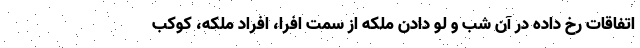
اتفاقات رخ داده در آن شب و لو دادن ملکه از سمت افرا، افراد ملکه، کوکب